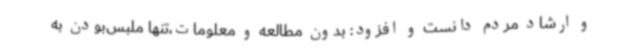
و ارشاد مردم دانست و افزود: بدون مطالعه و معلومات،تنها ملبس‌بودن به